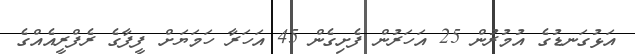
އަޅުގަނޑުގެ އުމުރުން 25 އަހަރުން ފެށިގެން 45 އަހަރާ ހަމަޔަށް ފީފާގެ ރެފްރީއެއްގެ